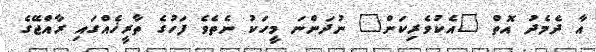
އާ ދެމެދު އޮތް "އެކުވެރިކަން" ނުދަންނަ މީހަކު ނެތެވެ ފަހުގެ ތާރީޚެއްގައި ރާއްޖޭގެ